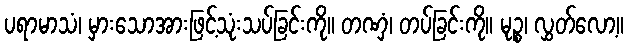
ပရာမာသံ၊ မှားသောအားဖြင့်သုံးသပ်ခြင်းကို။ တဏှံ၊ တပ်ခြင်းကို။ မုဉ္စ၊ လွှတ်လော့။